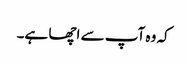
کہ وہ آپ سے اچھا ہے۔